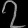
Digit: ၇